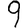
Digit: 9